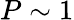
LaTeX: P\sim 1